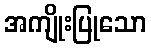
အကျိုးပြုသော